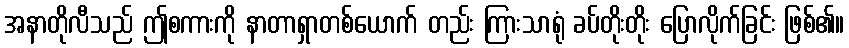
အနာတိုလီသည် ဤစကားကို နာတာရှာတစ်ယောက် တည်း ကြားသာရုံ ခပ်တိုးတိုး ပြောလိုက်ခြင်း ဖြစ်၏။